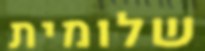
שלומית